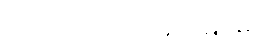
၇၂။ ၁၀၀% အောင်မြင်မှု